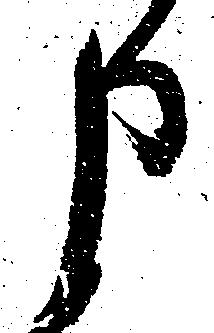
申